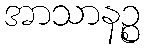
အာသာနဉ္စ